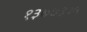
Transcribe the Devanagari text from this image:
१३७७३३५